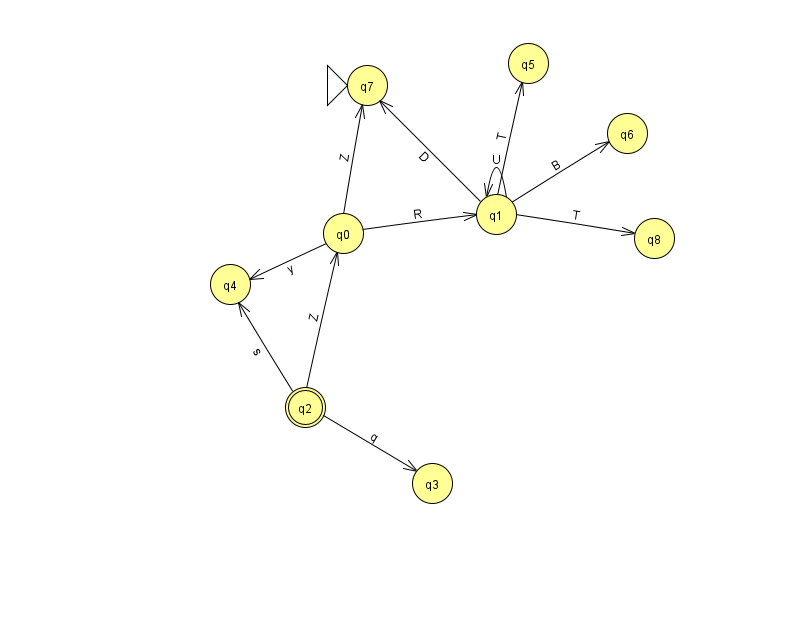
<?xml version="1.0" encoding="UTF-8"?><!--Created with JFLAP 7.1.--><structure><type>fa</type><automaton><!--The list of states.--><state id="0" name="q0"><x>343.0</x><y>220.0</y></state><state id="1" name="q1"><x>496.0</x><y>201.0</y></state><state id="2" name="q2"><x>305.0</x><y>394.0</y><final/></state><state id="3" name="q3"><x>432.0</x><y>470.0</y></state><state id="4" name="q4"><x>230.0</x><y>271.0</y></state><state id="5" name="q5"><x>528.0</x><y>50.0</y></state><state id="6" name="q6"><x>627.0</x><y>120.0</y></state><state id="7" name="q7"><x>367.0</x><y>72.0</y><initial/></state><state id="8" name="q8"><x>654.0</x><y>225.0</y></state><!--The list of transitions.--><transition><from>1</from><to>5</to><read>T</read></transition><transition><from>2</from><to>4</to><read>s</read></transition><transition><from>1</from><to>1</to><read>U</read></transition><transition><from>0</from><to>7</to><read>Z</read></transition><transition><from>0</from><to>1</to><read>R</read></transition><transition><from>1</from><to>8</to><read>T</read></transition><transition><from>1</from><to>6</to><read>B</read></transition><transition><from>0</from><to>4</to><read>y</read></transition><transition><from>1</from><to>7</to><read>D</read></transition><transition><from>2</from><to>0</to><read>Z</read></transition><transition><from>2</from><to>3</to><read>q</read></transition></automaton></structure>